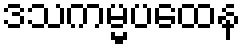
ဒသကမ္မပထေန